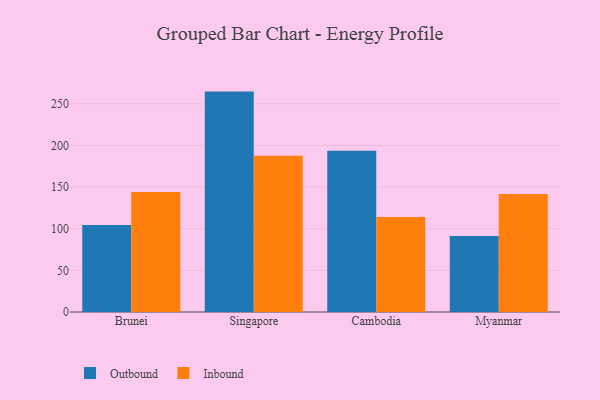
{"axis": {"x": "Country", "y": "Budget (USD K)"}, "legend": ["Inbound", "Outbound"], "data": [{"x": "Brunei", "y": 104.6, "type": "Outbound"}, {"x": "Brunei", "y": 144.1, "type": "Inbound"}, {"x": "Singapore", "y": 264.7, "type": "Outbound"}, {"x": "Singapore", "y": 187.8, "type": "Inbound"}, {"x": "Cambodia", "y": 193.6, "type": "Outbound"}, {"x": "Cambodia", "y": 114.1, "type": "Inbound"}, {"x": "Myanmar", "y": 91.2, "type": "Outbound"}, {"x": "Myanmar", "y": 141.7, "type": "Inbound"}]}